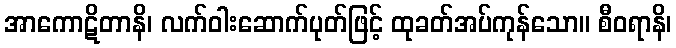
အာကောဋိတာနိ၊ လက်ဝါးဆောက်ပုတ်ဖြင့် ထုခတ်အပ်ကုန်သော။ စီဝရာနိ၊